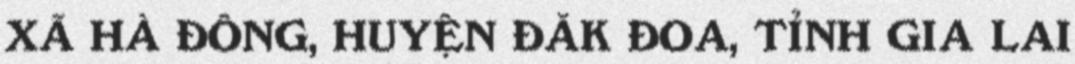
XÃ HÀ ĐÔNG, HUYỆN ĐĂK ĐOA, TỈNH GIA LAI